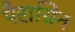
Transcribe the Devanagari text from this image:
पैराग्रिन